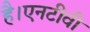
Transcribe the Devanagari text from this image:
है।एनटीवी